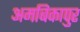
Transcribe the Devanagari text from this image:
अमबिकापुर